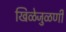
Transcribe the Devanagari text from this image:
खिळेजुळणी